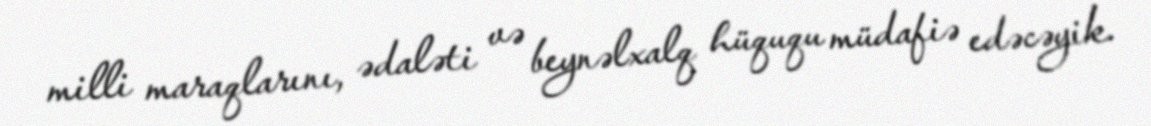
milli maraqlarını, ədaləti və beynəlxalq hüququ müdafiə edəcəyik.